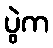
ပွဲက